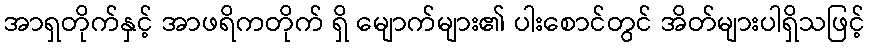
အာရှတိုက်နှင့် အာဖရိကတိုက် ရှိ မျောက်များ၏ ပါးစောင်တွင် အိတ်များပါရှိသဖြင့်